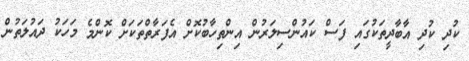
ކުދި ކުދި އާބާދީތަކުގައި ފަސް ކައުންސިލަރުން އިންތިހާބުކޮށް އެފަރާތްތަކަށް ކޮންމެ މަހަކު ދައުލަތުން